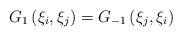
LaTeX: \begin{align*}G_{1}\left( \xi _{i},\xi _{j}\right) =G_{-1}\left( \xi _{j},\xi _{i}\right)\end{align*}